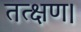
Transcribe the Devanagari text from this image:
तत्क्षण।